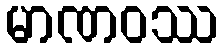
မာဏဝဿ